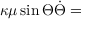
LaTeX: \kappa \mu \sin \Theta \dot { \Theta } =